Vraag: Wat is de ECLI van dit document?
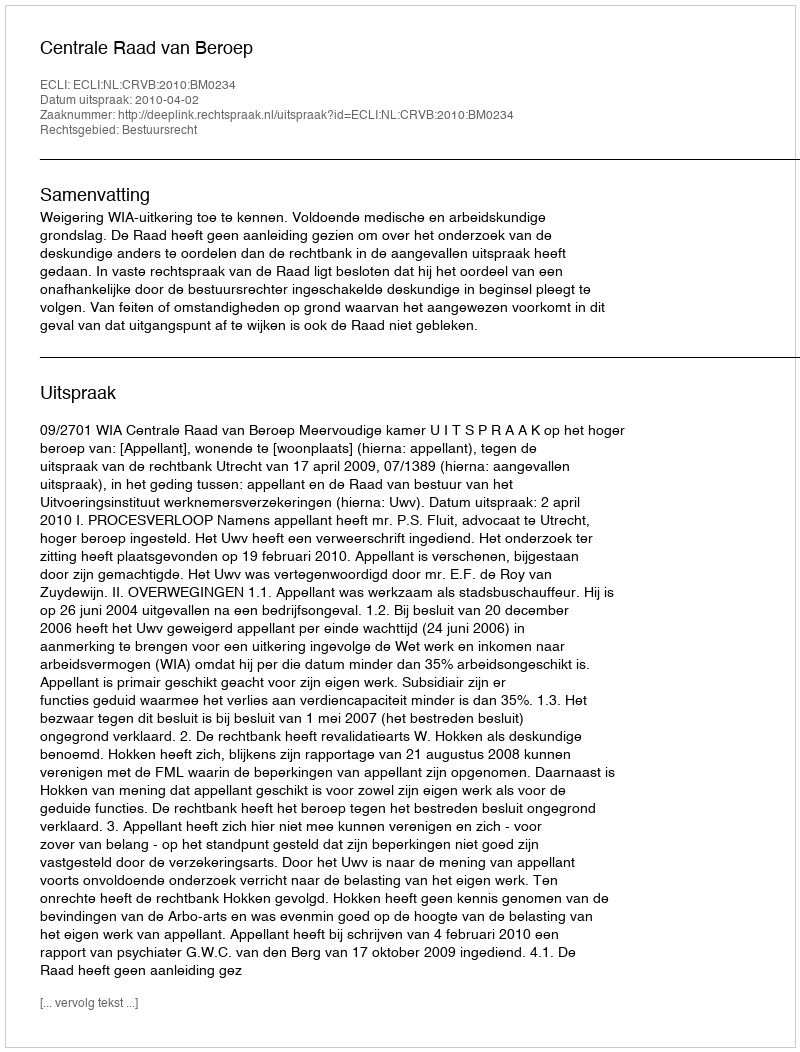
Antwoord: ECLI:NL:CRVB:2010:BM0234